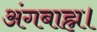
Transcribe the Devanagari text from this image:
अंगबाह्म।